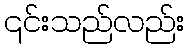
၎င်းသည်လည်း